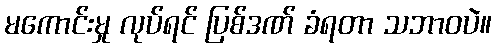
မကောင်းမှု လုပ်ရင် ပြစ်ဒဏ် ခံရတာ သဘာဝပဲ။